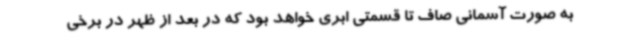
به صورت آسمانی صاف تا قسمتی ابری خواهد بود که در بعد از ظهر در برخی